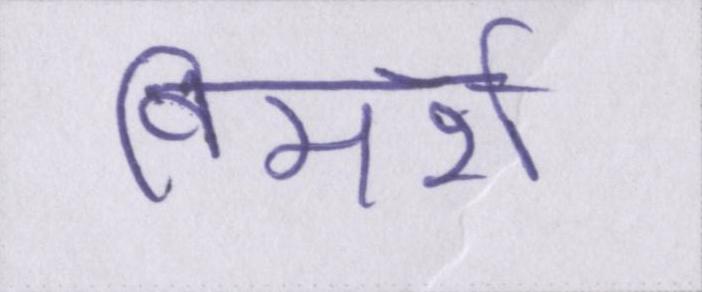
विमर्श